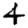
Digit: 4